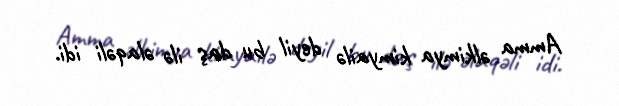
Amma əlkimya kimyailə deyil bu daş ilə əlaqəli idi.